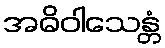
အဓိဝါသေန္တံ